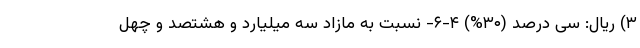
۳) ریال: سی درصد (۳۰%) ۴-۶- نسبت به مازاد سه میلیارد و هشتصد و چهل